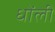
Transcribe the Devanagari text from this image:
धोंली